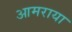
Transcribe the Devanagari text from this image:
आमराया